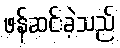
ဖန်ဆင်းခဲ့သည်